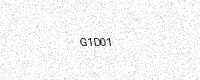
Text: G1D01